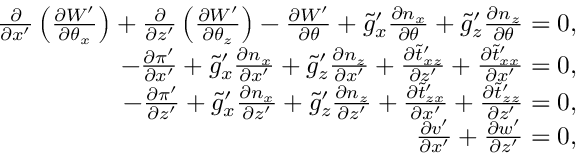
\begin{array} { r } { \frac { \partial } { \partial x ^ { \prime } } \left( \frac { \partial W ^ { \prime } } { \partial \theta _ { x } } \right) + \frac { \partial } { \partial z ^ { \prime } } \left( \frac { \partial W ^ { \prime } } { \partial \theta _ { z } } \right) - \frac { \partial W ^ { \prime } } { \partial \theta } + \tilde { g } _ { x } ^ { \prime } \frac { \partial n _ { x } } { \partial \theta } + \tilde { g } _ { z } ^ { \prime } \frac { \partial n _ { z } } { \partial \theta } = 0 , } \\ { - \frac { \partial \pi ^ { \prime } } { \partial x ^ { \prime } } + \tilde { g } _ { x } ^ { \prime } \frac { \partial n _ { x } } { \partial x ^ { \prime } } + \tilde { g } _ { z } ^ { \prime } \frac { \partial n _ { z } } { \partial x ^ { \prime } } + \frac { \partial \tilde { t } _ { x z } ^ { \prime } } { \partial z ^ { \prime } } + \frac { \partial \tilde { t } _ { x x } ^ { \prime } } { \partial x ^ { \prime } } = 0 , } \\ { - \frac { \partial \pi ^ { \prime } } { \partial z ^ { \prime } } + \tilde { g } _ { x } ^ { \prime } \frac { \partial n _ { x } } { \partial z ^ { \prime } } + \tilde { g } _ { z } ^ { \prime } \frac { \partial n _ { z } } { \partial z ^ { \prime } } + \frac { \partial \tilde { t } _ { z x } ^ { \prime } } { \partial x ^ { \prime } } + \frac { \partial \tilde { t } _ { z z } ^ { \prime } } { \partial z ^ { \prime } } = 0 , } \\ { \frac { \partial v ^ { \prime } } { \partial x ^ { \prime } } + \frac { \partial w ^ { \prime } } { \partial z ^ { \prime } } = 0 , } \end{array}